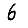
Digit: 6